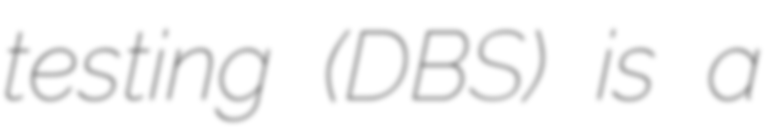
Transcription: testing (DBS) is a